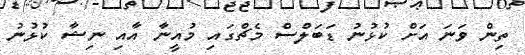
ތިން ވަނަ އަށް ކުޅުނު ޑަބަލްސް މެޗްގައި މުއީނާ އާއި ނިޝާ ކުޅުނު